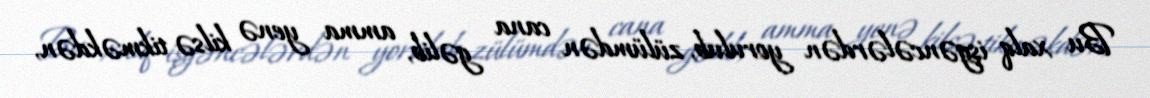
Bu xalq işgəncələrdən yorulub, zülümdən cana gəlib, amma yenə kilsə tikməkdən,